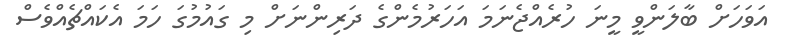
އަވަހަށް ބާލަންވީ މީނަ ހުރެއްޖެނަމަ އަހަރުމެންގެ ދަރިންނަށް މި ގައުމުގަ ހަމަ އެކައްޗެއްވެސް